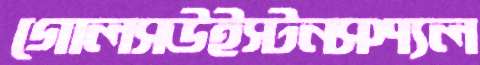
গোলসউইস্টনসশ্যল